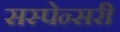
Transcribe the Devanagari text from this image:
सस्पेन्सरी